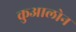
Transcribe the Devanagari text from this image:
कुआलोन